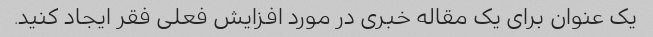
یک عنوان برای یک مقاله خبری در مورد افزایش فعلی فقر ایجاد کنید.